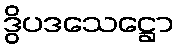
ဒွိပဒသေဋ္ဌော